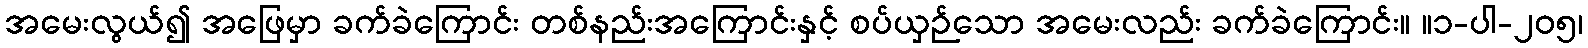
အမေးလွယ်၍ အဖြေမှာ ခက်ခဲကြောင်း တစ်နည်းအကြောင်းနှင့် စပ်ယှဉ်သော အမေးလည်း ခက်ခဲကြောင်း။ ။၁-ပါ-၂၀၅၊